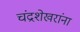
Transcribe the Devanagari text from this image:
चंद्रशेखरांना